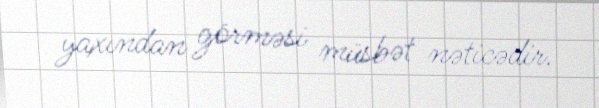
yaxından görməsi müsbət nəticədir.